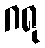
ဂရု